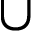
\cup